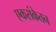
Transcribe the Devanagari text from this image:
एकसंकेतन